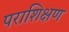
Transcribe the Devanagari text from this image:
पराशिक्षण